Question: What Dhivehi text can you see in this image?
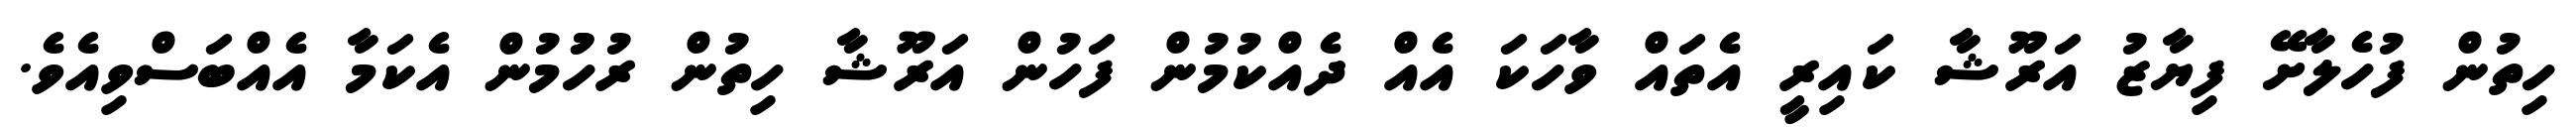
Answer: ހިތުން ފުހެލާށޭ ފިޔާޒު އަރޫޝާ ކައިރީ އެތައް ވާހަކަ އެއް ދެއްކުމުން ފަހުން އަރޫޝާ ހިތުން ރުހުުމުން އެކަމާ އެއްބަސްވިއެވެ.